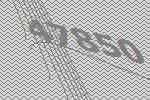
47850